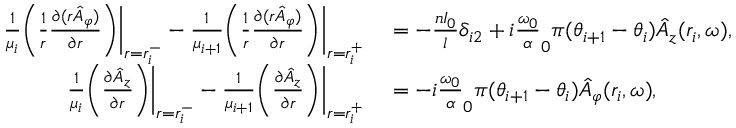
\begin{array} { r l } { \frac { 1 } { \mu _ { i } } \bigg ( \frac { 1 } { r } \frac { \partial ( r \hat { A } _ { \varphi } ) } { \partial r } \bigg ) \bigg | _ { r = r _ { i } ^ { - } } - \frac { 1 } { \mu _ { i + 1 } } \bigg ( \frac { 1 } { r } \frac { \partial ( r \hat { A } _ { \varphi } ) } { \partial r } \bigg ) \bigg | _ { r = r _ { i } ^ { + } } } & { { } = - \frac { n I _ { 0 } } { l } \delta _ { i 2 } + i \frac { \omega _ { 0 } } \alpha _ { 0 } { \pi } ( \theta _ { i + 1 } - \theta _ { i } ) \hat { A } _ { z } ( r _ { i } , \omega ) , } \\ { \frac { 1 } { \mu _ { i } } \bigg ( \frac { \partial \hat { A } _ { z } } { \partial r } \bigg ) \bigg | _ { r = r _ { i } ^ { - } } - \frac { 1 } { \mu _ { i + 1 } } \bigg ( \frac { \partial \hat { A } _ { z } } { \partial r } \bigg ) \bigg | _ { r = r _ { i } ^ { + } } } & { { } = - i \frac { \omega _ { 0 } } \alpha _ { 0 } { \pi } ( \theta _ { i + 1 } - \theta _ { i } ) \hat { A } _ { \varphi } ( r _ { i } , \omega ) , } \end{array}